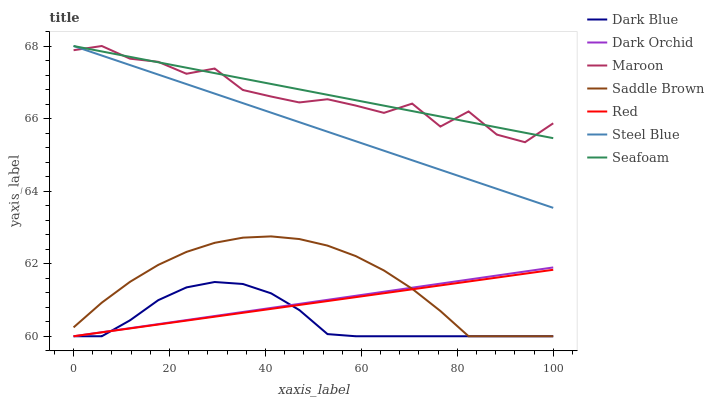
| xaxis_label | Dark Blue | Dark Orchid | Maroon | Saddle Brown | Red | Steel Blue | Seafoam |
 | --- | --- | --- | --- | --- | --- | --- | --- |
 | 0 | 60 | 60 | 67.9 | 60.2 | 60 | 68 | 68 |
 | 5.88 | 60 | 60.1 | 68 | 60.9 | 60.1 | 67.7 | 67.9 |
 | 11.8 | 60.4 | 60.2 | 67.7 | 61.5 | 60.2 | 67.5 | 67.7 |
 | 17.6 | 61 | 60.3 | 67.6 | 62 | 60.3 | 67.2 | 67.6 |
 | 23.5 | 61.3 | 60.4 | 67.2 | 62.3 | 60.4 | 67 | 67.4 |
 | 29.4 | 61.5 | 60.6 | 67.4 | 62.6 | 60.5 | 66.7 | 67.3 |
 | 35.3 | 61.4 | 60.7 | 66.8 | 62.7 | 60.6 | 66.4 | 67.1 |
 | 41.2 | 61.2 | 60.8 | 66.6 | 62.8 | 60.8 | 66.2 | 67 |
 | 47.1 | 60.7 | 60.9 | 66.4 | 62.7 | 60.9 | 65.9 | 66.8 |
 | 52.9 | 60.1 | 61 | 66.5 | 62.5 | 61 | 65.6 | 66.7 |
 | 58.8 | 60 | 61.1 | 66.4 | 62.2 | 61.1 | 65.4 | 66.5 |
 | 64.7 | 60 | 61.2 | 66.2 | 61.8 | 61.2 | 65.1 | 66.4 |
 | 70.6 | 60 | 61.3 | 66.4 | 61.3 | 61.3 | 64.9 | 66.2 |
 | 76.5 | 60 | 61.5 | 65.8 | 60.7 | 61.4 | 64.6 | 66.1 |
 | 82.4 | 60 | 61.6 | 66.2 | 60 | 61.5 | 64.3 | 65.9 |
 | 88.2 | 60 | 61.7 | 65.6 | 60 | 61.6 | 64.1 | 65.8 |
 | 94.1 | 60 | 61.8 | 65.3 | 60 | 61.7 | 63.8 | 65.6 |
 | 100 | 60 | 61.9 | 65.9 | 60 | 61.8 | 63.5 | 65.5 |